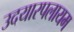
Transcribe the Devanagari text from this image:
उदयारपलायम